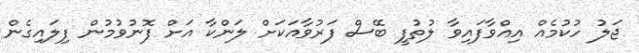
ޖަލު ހުކުމެއް އިއްވާފައިވާ ލުތުފީ ބޭސް ފަރުވާއަކަށް ލަންކާ އަށް ފޮނުވުމުން ފިލައިގެން